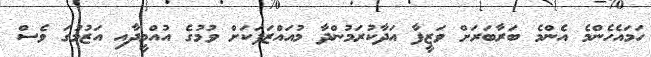
ހަމައެހެންމެ އެންމެ ބަރާބަރަށް ވަޒީފާ އަދާކުރަމުންދާ މުއައްޒަފަކަށް ވުމުގެ އުއްމީދާއި އަޒުމުގަ ވެސް